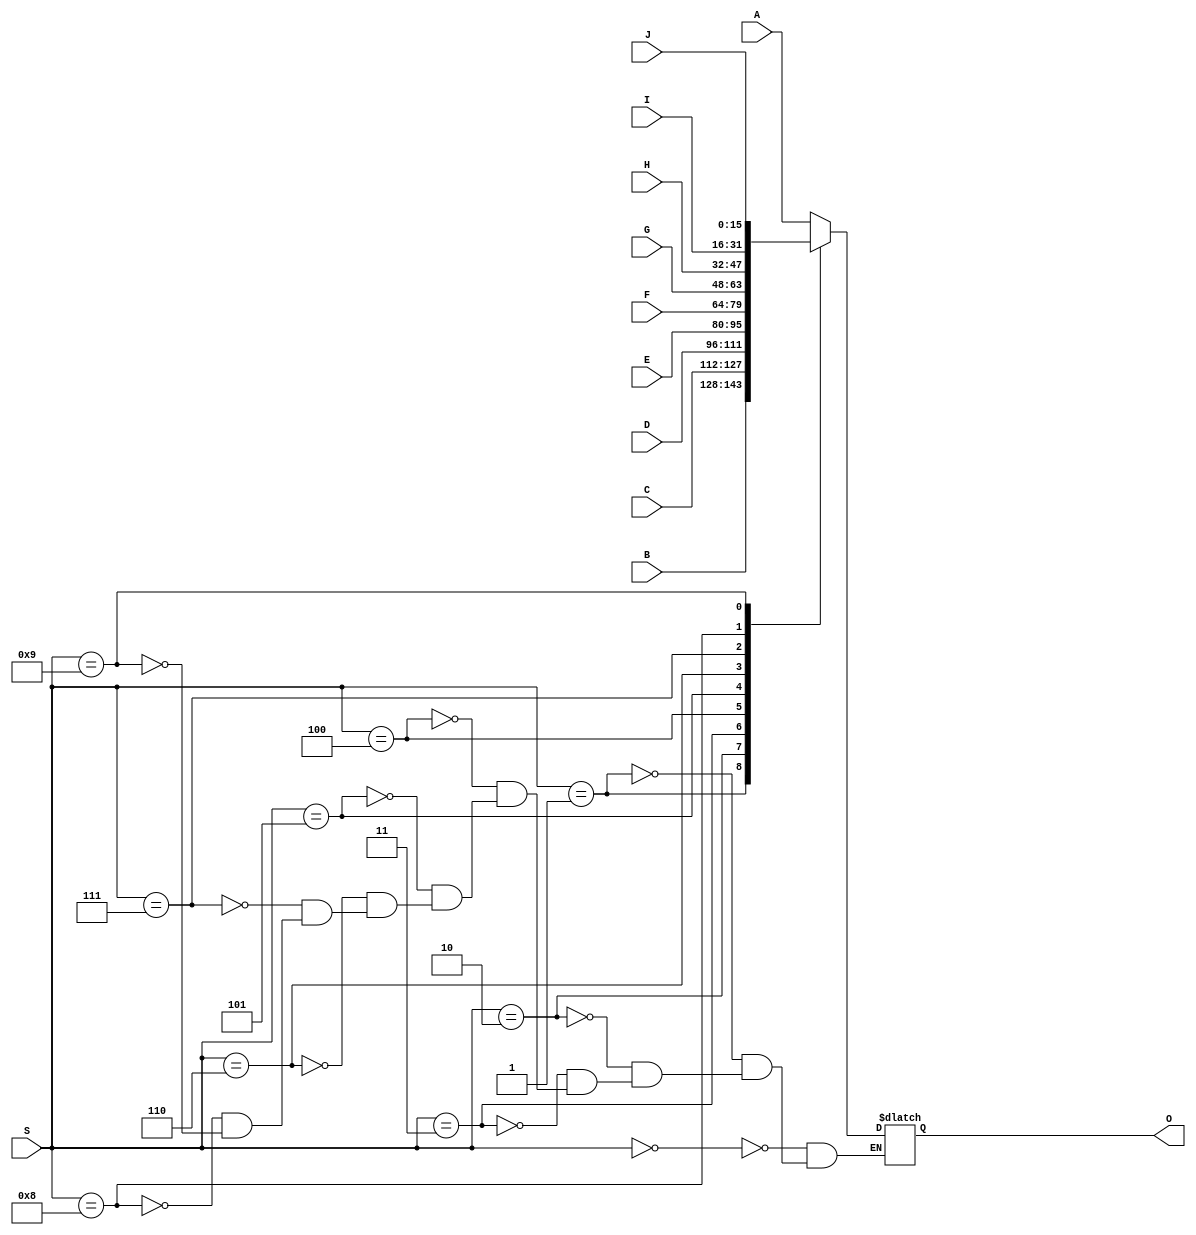
`timescale 1ns / 1ps
//////////////////////////////////////////////////////////////////////////////////
// Company: Team Violet
// 
// Design Name: 
// Module Name:    RegisterFileMux 
// Project Name: 
// Target Devices: 
// Tool versions: 
// Description: 
//
// Dependencies: 
//
// Revision: 
// Revision 0.01 - File Created
// Additional Comments: 
//
//////////////////////////////////////////////////////////////////////////////////
module RegisterFileMux(
    input [15:0] A,
    input [15:0] B,
    input [15:0] C,
    input [15:0] D,
    input [15:0] E,
    input [15:0] F,
    input [15:0] G,
    input [15:0] H,
    input [15:0] I,
    input [15:0] J,
    input [3:0] S,
    output reg [15:0] O
    );
	 
	 always @ (A,B,C,D,E,F,G,H,I,J,S) begin
	 
			case (S)
				4'b0000 : O = A;
				4'b0001 : O = B;
				4'b0010 : O = C;
				4'b0011 : O = D;
				4'b0100 : O = E;
				4'b0101 : O = F;
				4'b0110 : O = G;
				4'b0111 : O = H;
				4'b1000 : O = I;
				4'b1001 : O = J;
			endcase
		end
				


endmodule